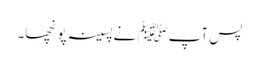
پس آپﷺ نےپسینہ پونچھا۔